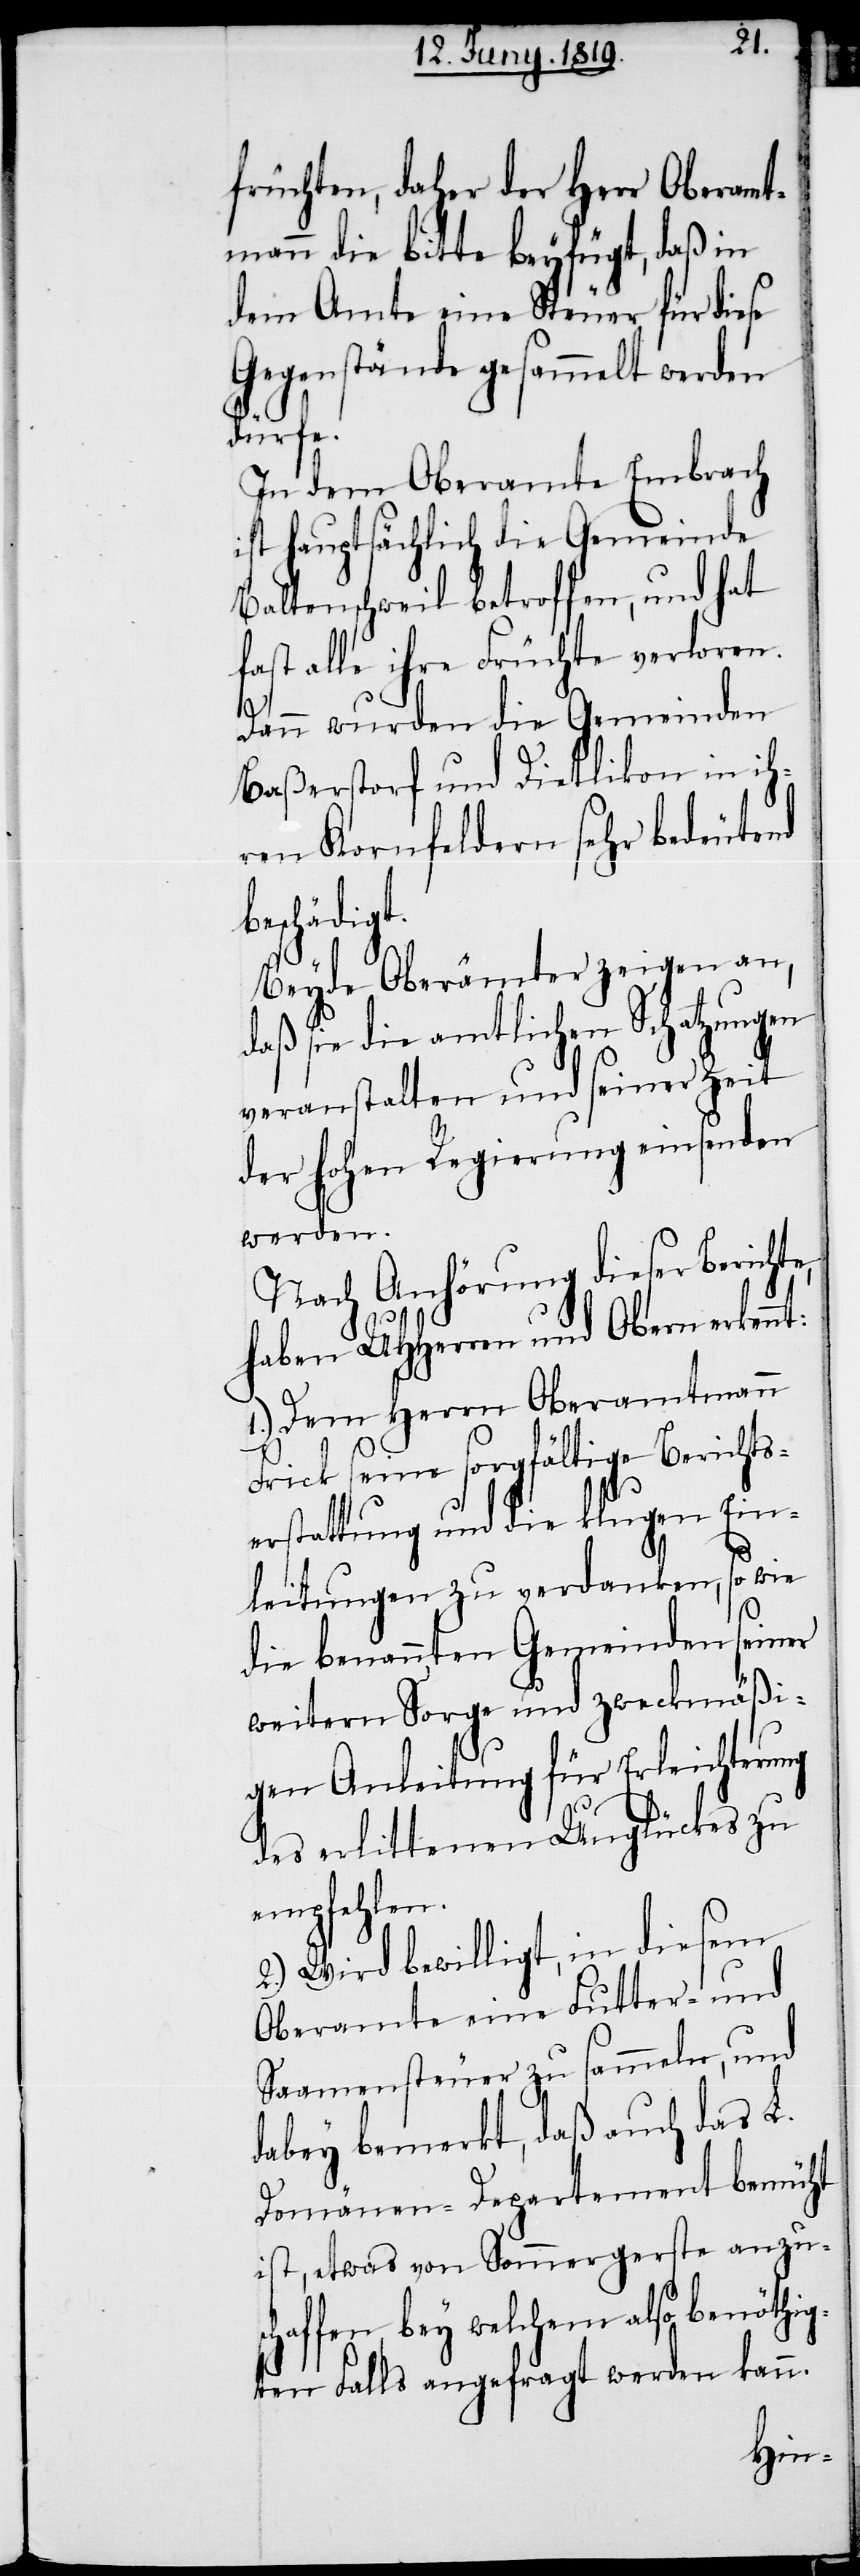
früchten, daher der Herr Oberamt¬
mann die Bitte beyfügt, daß in
dem Amte eine Steuer für diese
Gegenstände gesammelt werden
dürfe.
In dem Oberamte Embrach
ist hauptsächlich die Gemeinde
Baltenschweil betroffen, und hat
fast alle ihre Früchte verloren.
Dann wurden die Gemeinden
Baßerstorf und Dietlikon in ih¬
ren Kornfeldern sehr bedeutend
beschädigt.
Beyde Oberämter zeigen an,
daß sie die amtlichen Schatzungen
veranstalten und seiner Zeit
der hohen Regierung einsenden
werden.
Nach Anhörung dieser Berichte,
haben UHHerren und Obern erkennt:
1.) Dem Herrn Oberamtmann
Frick seine sorgfältige Berichts¬
erstattung und die klugen Ein¬
sc¬
leitungen zu verdanken, so wie
die benannten Gemeinden seiner
weitern Sorge und zweckmäßi¬
gen Anleitung für Erleichterung
des erlittenen Unglückes zu
empfehlen.
2.) Wird bewilligt, in diesem
Oberamte eine Futter- und
Saamenstreuer zu sammeln, und
dabey bemerkt, daß auch das L.
Domänen-Departement bemüht
ist, etwas von Sommergerste anzu¬
haffen, bey welchem also benöthig¬
ten Falls angefragt werden kann.